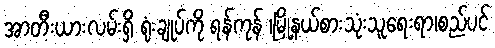
အာတီးယားလမ်းရှိ ရုံးချုပ်ကို ရန်ကုန် ၊မြို့နယ်စားသုံးသူရေးရာ၊စည်ပင်